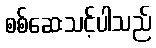
စစ်ဆေးသင့်ပါသည်